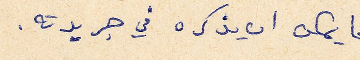
ما يمكن ان يذكره في جريدته.